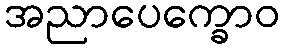
အညာပေက္ခောဝ